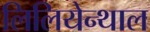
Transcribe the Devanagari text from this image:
लिलियेन्थाल